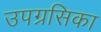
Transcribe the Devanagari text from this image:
उपग्रसिका